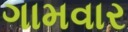
ગામવાર